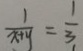
\frac { 1 } { x + y } = \frac { 1 } { 3 }